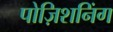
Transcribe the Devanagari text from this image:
पोज़िशनिंग